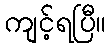
ကျင့်ရပြီ။